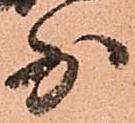
少